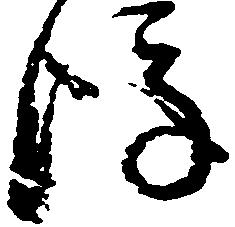
後